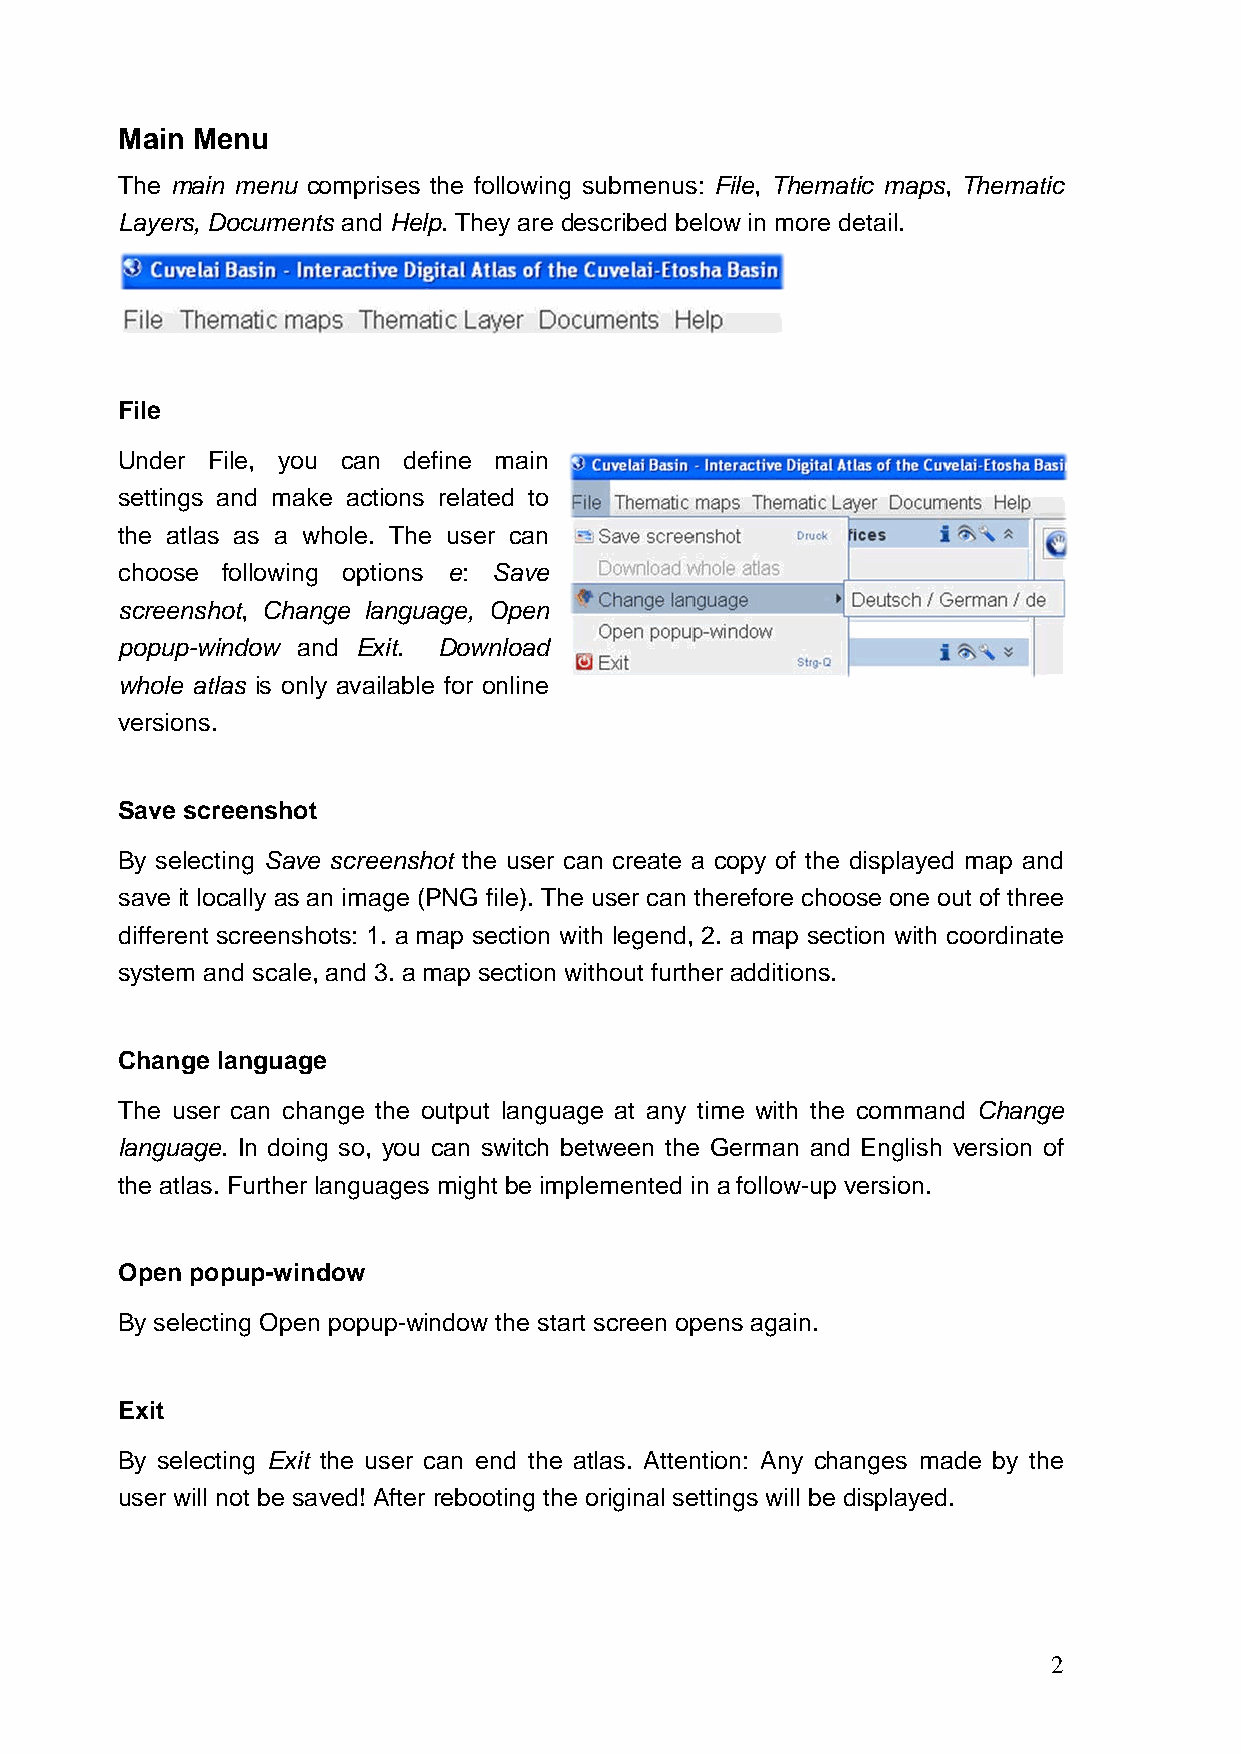
Main Menu
 The main menu comprises the following submenus: File, Thematic maps, Thematic
 Layers, Documents and Help. They are described below in more detail.
 File
 Under File, you can define main
 settings and make actions related to
 the atlas as a whole. The user can
 choose following options e: Save
 screenshot, Change language, Open
 popup-window and Exit. Download
 whole atlas is only available for online
 versions.
 Save screenshot
 By selecting Save screenshot the user can create a copy of the displayed map and
 save it locally as an image (PNG file). The user can therefore choose one out of three
 different screenshots: 1. a map section with legend, 2. a map section with coordinate
 system and scale, and 3. a map section without further additions.
 Change language
 The user can change the output language at any time with the command Change
 language. In doing so, you can switch between the German and English version of
 the atlas. Further languages might be implemented in a follow-up version.
 Open popup-window
 By selecting Open popup-window the start screen opens again.
 Exit
 By selecting Exit the user can end the atlas. Attention: Any changes made by the
 user will not be saved! After rebooting the original settings will be displayed.
 2